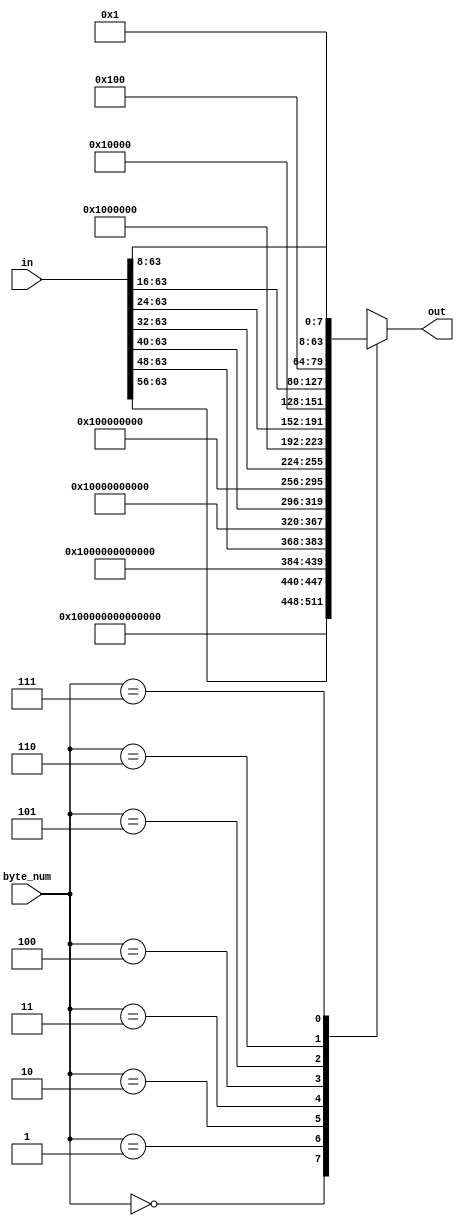
module padder1(in, byte_num, out);
    input      [63:0] in;
    input      [2:0]  byte_num;
    output reg [63:0] out;
    
    always @ (*)
      case (byte_num)
        0: out =             64'h0100000000000000;
        1: out = {in[63:56], 56'h01000000000000};
        2: out = {in[63:48], 48'h010000000000};
        3: out = {in[63:40], 40'h0100000000};
        4: out = {in[63:32], 32'h01000000};
        5: out = {in[63:24], 24'h010000};
        6: out = {in[63:16], 16'h0100};
        7: out = {in[63:8],   8'h01};
      endcase
endmodule